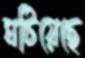
ঘটিয়েছে